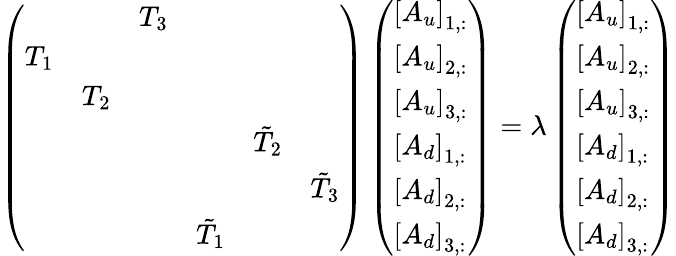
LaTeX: \left(\begin{array}{llllll}&&{T_{3}}&&&\\ {T_{1}}&&&&&\\ &{T_{2}}&&&&\\ &&&&{\tilde{T}_{2}}&\\ &&&&&{\tilde{T}_{3}}\\ &&&{\tilde{T}_{1}}&&\end{array}\right)\left(\begin{array}{l}{\left[A_{u}\right]_{1,:}}\\ {\left[A_{u}\right]_{2,:}}\\ {\left[A_{u}\right]_{3,:}}\\ {\left[A_{d}\right]_{1,:}}\\ {\left[A_{d}\right]_{2,:}}\\ {\left[A_{d}\right]_{3,:}}\end{array}\right)=\lambda\left(\begin{array}{l}{\left[A_{u}\right]_{1,:}}\\ {\left[A_{u}\right]_{2,:}}\\ {\left[A_{u}\right]_{3,:}}\\ {\left[A_{d}\right]_{1,:}}\\ {\left[A_{d}\right]_{2,:}}\\ {\left[A_{d}\right]_{3,:}}\end{array}\right)